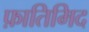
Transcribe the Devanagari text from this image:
फ़ातिमिद